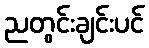
ညတွင်းချင်းပင်